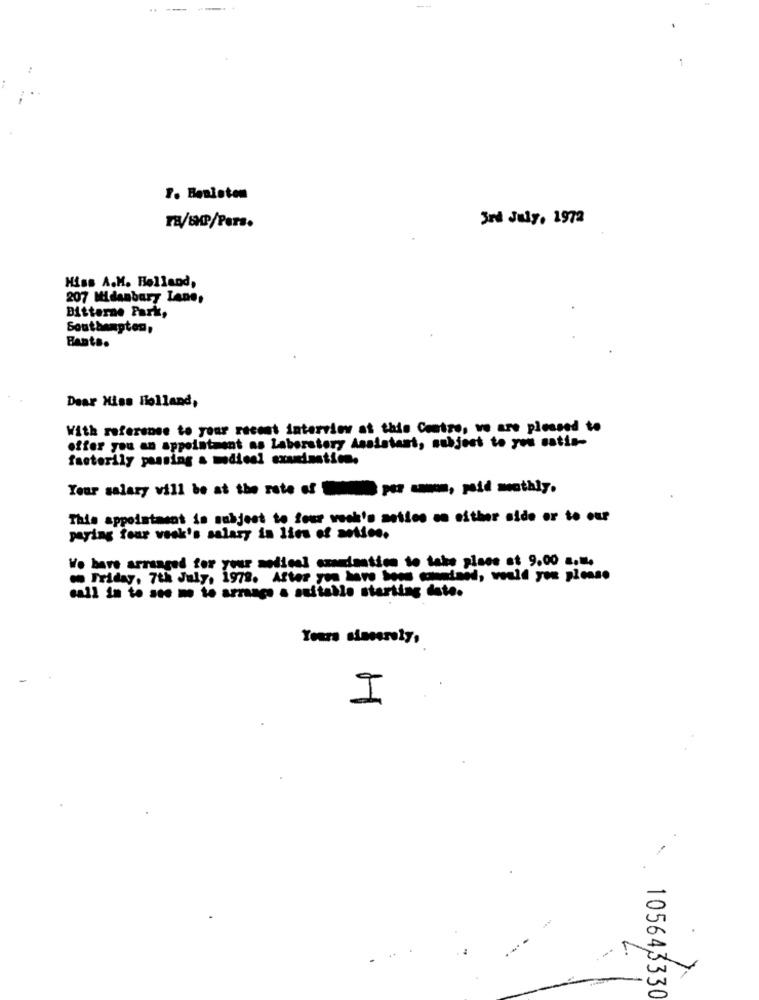
-.---
--
P. Besloten
3rd July, 1972
TE/6HP/Pers.
Hiss A.M. Holland,
207 Midanbary Lane,
Ditterne Park,
Southampton,
BAnts.
Dear Miss Holland,
With reference to your recent interview at this Contre, we are pleased to
offer you an appointment as Laboratory Assistant, subject to you satis-
factorily passing & medical examination.
Your salary vill be at the rate of -- -, paid monthly.
This appointment is subject to four wuch's metles on either side or to our
paying four vask's salary in lieu of motion.
We have arranged for your medical examination to take place at 9.00 a.m.
on Friday, 7th July, 1978. After you have boom semimed, weald you please
call in to see me to arrange a suitable starting date.
Yours sincerely,
I
105643330